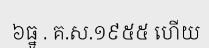
៦ធ្នូ . គ.ស.១៩៥៥ ហើយ